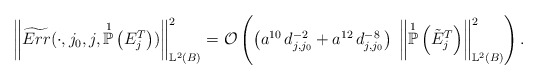
\begin{align*} \left\Vert \widetilde{Err}(\cdot ,j_{0},j,\overset{1}{\mathbb{P}}\left(E_{j}^{T}\right)) \right\Vert^{2}_{\mathbb{L}^{2}(B)} = \mathcal{O}\left( \left(a^{10} \, d^{-2}_{j,j_{0}} + a^{12} \, d^{-8}_{j,j_{0}} \right) \; \left\Vert \overset{1}{\mathbb{P}}\left(\tilde{E}_{j}^{T}\right) \right\Vert^{2}_{\mathbb{L}^{2}(B)} \right).\end{align*}